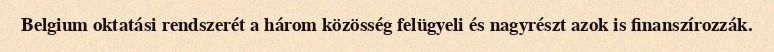
Belgium oktatási rendszerét a három közösség felügyeli és nagyrészt azok is finanszírozzák.